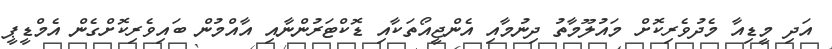
އަދި މީޑިއާ މެދުވެރިކޮށް މައުލޫމާތު ދިނުމާއި އެންޖީއޯތަކާއި ޑޮކްޓަރުންނާއި އާއްމުން ބައިވެރިކޮށްގެން އެމްޑީޕީ